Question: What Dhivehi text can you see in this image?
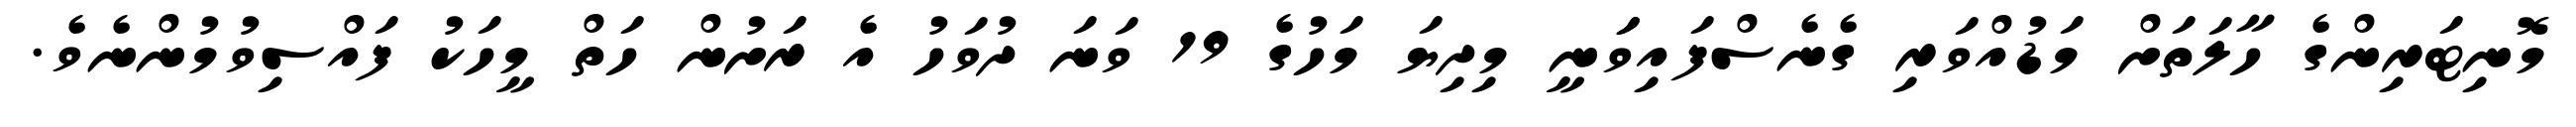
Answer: މޮނިޓަރިންގެ ހާލަތަށް މަޑުއްވަރި ގެނެސްފައިވަަނީ މިދިޔަ މަހުގެ 19 ވަނަ ދުވަހު އެ ރަށުން ހަތް މީހަކު ފައްސިވުމުންނެވެ.